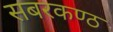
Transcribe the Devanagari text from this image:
सबरकण्ठ